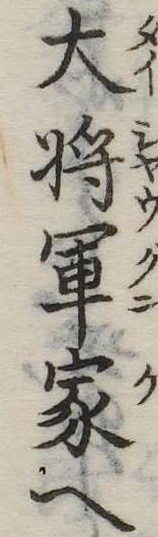
大将軍家へ